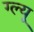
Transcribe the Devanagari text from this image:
ग्ल्यू